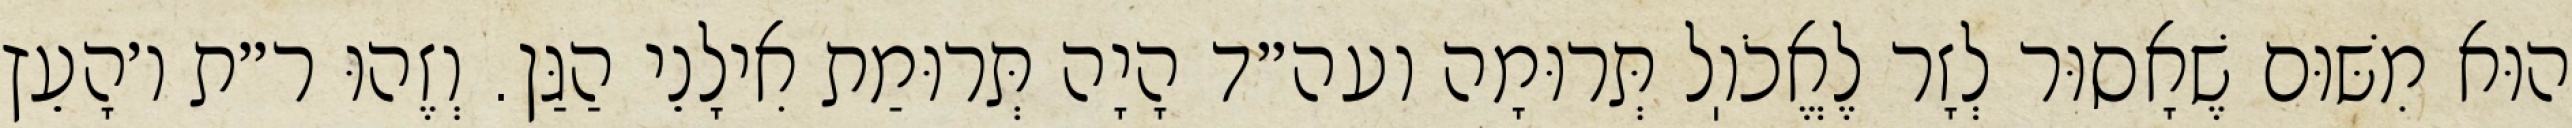
הוּא מִשּׁוּם שֶׁאָסוּר לְזָר לֶאֱכֹוֽל תְּרוּמָה ועה״ד הָיָה תְּרוּמַת אִילָנֵי הַגַּן. וְזֶהוּ ר״ת ו׳הָעֵץ